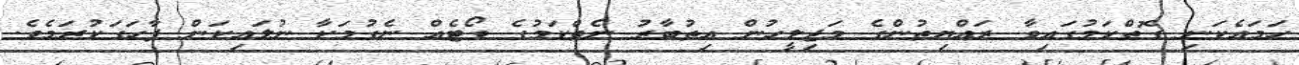
ހަމައެކަނި ގޮތްކަމުގައިވާ ރައްޔިތުންގެ މަޖިލީހުން އިތުބާރު ނެތްކަމުގެ ވޯޓެއް ނެގުމަކާ ނުލައިކަން ފާހަގަކުރަމެވެ.